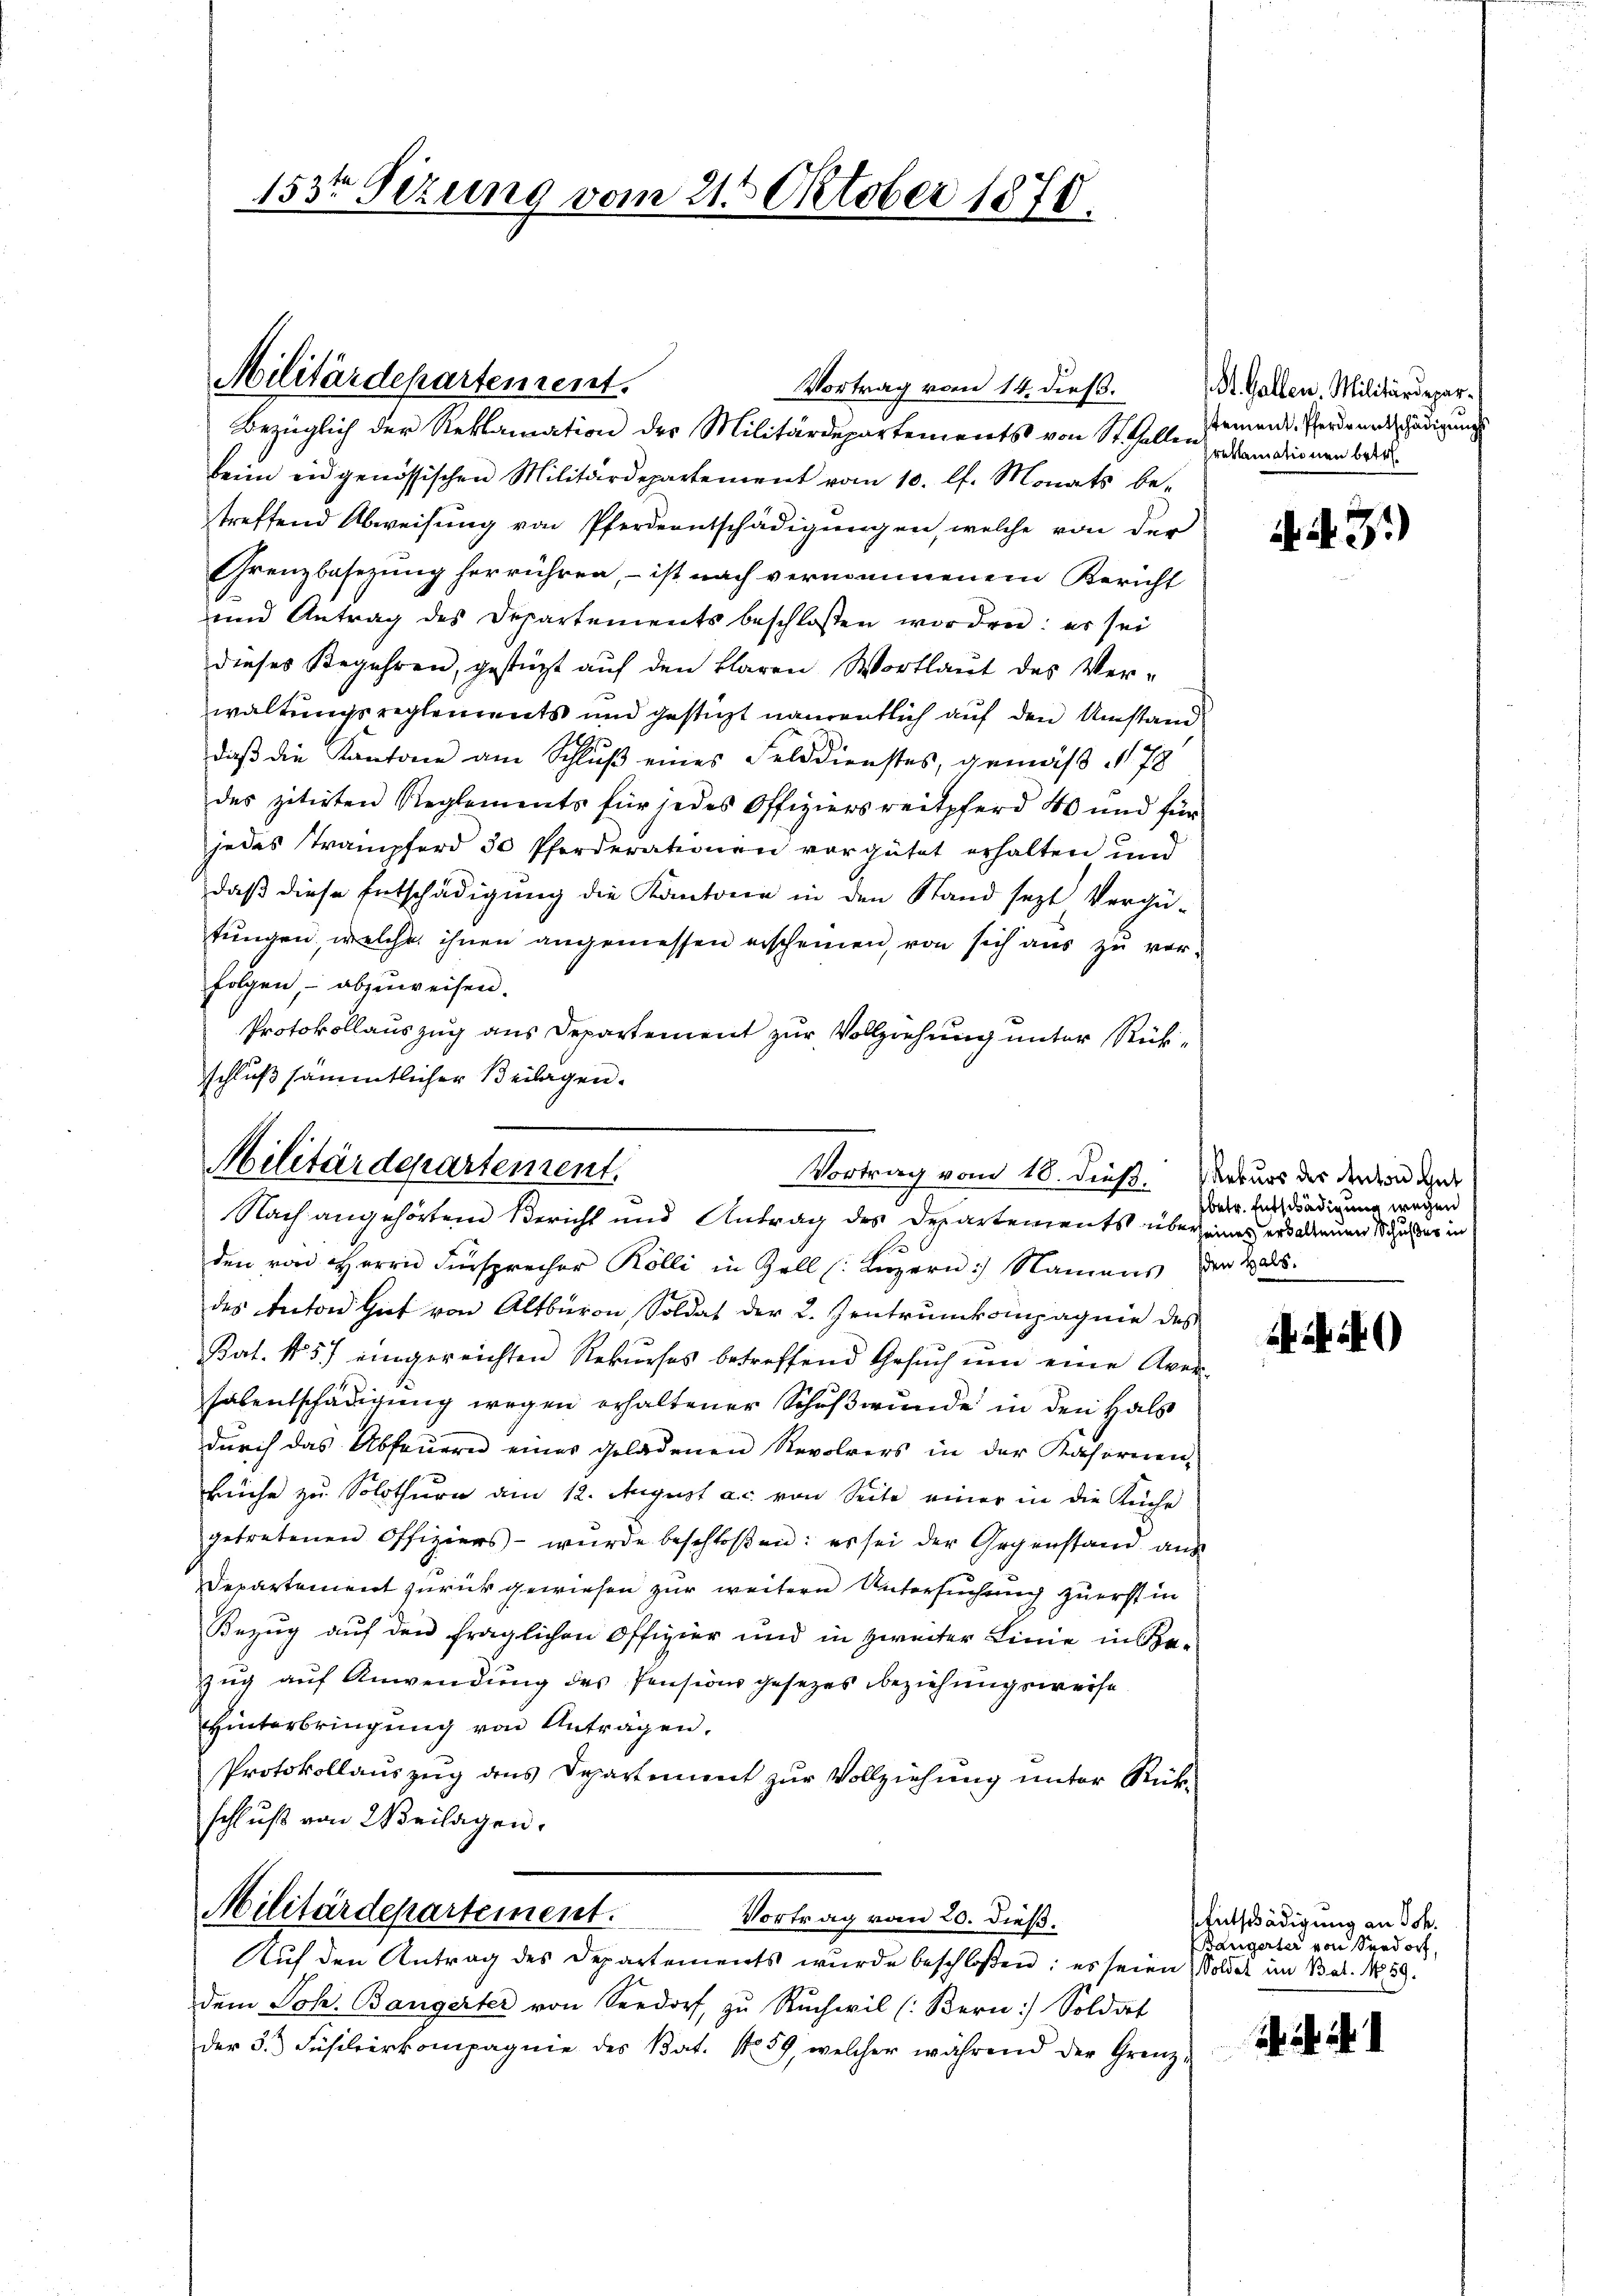
153ten Sizung vom 21. Oktober 1870.

Vortrag vom 14. dieß.
Bezüglich der Reklamation der Militärdepartements von St. Gallen Damationen beid
beim eidgenössischen Militärdepartement vom 10. lt. Monats betreffend Abweisung von Pferdentschädigungen, welche von der
Grenzbesezung herrühren, – ist nach vernommenem Bericht
und Antrag des Departements beschlossen worden: es sei
dieses Begehren, gestützt aŭf den klaren Wortlaut des Ver-
waltungsreglements und gestigt namentlich auf den Umstand
.
daß die Kantone am Schluß eines Felddienstes, gemäß § 78
des zitirten Reglements für jedes Offiziersreitpferd 40 und für
jedes Trampferd 30 Pferderationen vergütet erhalten und
daß diese Entschädigung die Kantone in den Stand sezt, Vergü-
tŭngen, welche ihnen angemessen erscheinen, von sich aŭs zŭ ver-
folgen, - abzuweisen.
Protokollauszug aus Departement zur Vollziehung unter Rückschluß sämmtlicher Beilagen.

Militärdepartement.

Militärdepartement.
Vortrag vom 18. dieß.
Nach angehörten Bericht und Antrag des Departements übereines er darum hier in

Militärdepartement.
Vortrag vom 20. dieß.
Auf den Antrag des Departements wurde beschloßen; es seien Soldet im Bat. No. 59.

den von Herrn Fürsprecher Kölli in Zoll (Luzern) Namens der Hals.
des Anton Gut von Altburon, Soldat der 2. Zentrunkoinpagnie des
Kat. No. 5) eingereichten Rekurses betreffend Gesuch um eine Aver
halentschädigung wegen erhaltener Schußwunde in den Hals
durch das Abfeuern eines geladenen Revolrers in der Kasernen-
Büche zu Solothurn am 12. August ac. von Seite einer in die Küche
getretenen Offiziers - wurde beschloßen: es sei der Gegenstand aus
Departement zurückgewiesen zur weitern Untersuchung zuerst in
Bezug auf den fraglichen Offizier und in zweiter Linie in Be-
zug auf Anwendung des Pensionsgesezes beziehungsweise
Hinterbringung von Antragen.
Protokollauszug aus Departement zur Vollziehung unter Rückschluß von Weilagen.

St. Gallen. Militärdepartement. Pferdentschädigung

dem Joh. Bangerter von Seedorf, zŭ Rŭchwil (Bern) Soldat
der 3.) Füsilierkompagnie des Bat. No. 59, welcher während der Grenz-

. N. 3.)

Rekurs der Anton Gut
betr. Entschädigung wegen

Entschädigung an Sch.
Bangerter von Seedorf,